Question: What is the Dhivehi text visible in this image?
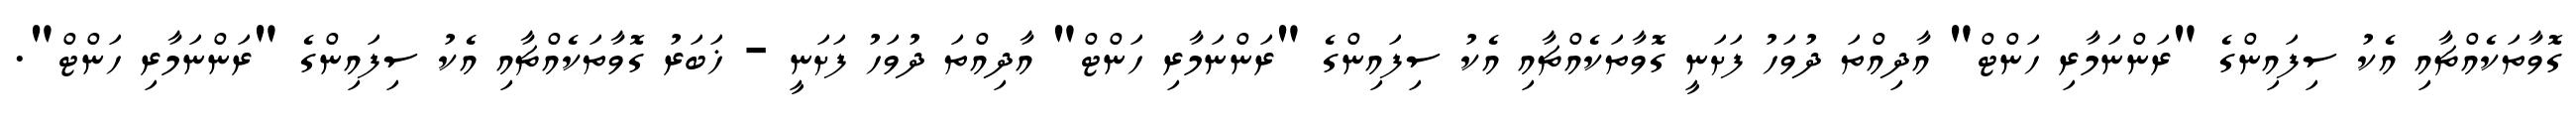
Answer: ގޮވާތަކެއްޗާއި އެކު ސިފައިންގެ "ރަންނަމާރި ހަންޓް" އާދިއްތަ ދުވަހު ފަށަނީ ގޮވާތަކެއްޗާއި އެކު ސިފައިންގެ "ރަންނަމާރި ހަންޓް" އާދިއްތަ ދުވަހު ފަށަނީ - ޚަބަރު ގޮވާތަކެއްޗާއި އެކު ސިފައިންގެ "ރަންނަމާރި ހަންޓް".